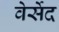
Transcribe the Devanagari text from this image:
वेर्सेद